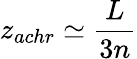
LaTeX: z_{achr}\simeq\frac{L}{3n}